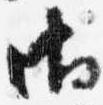
御